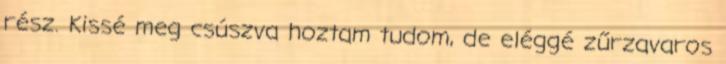
rész. Kissé meg csúszva hoztam tudom, de eléggé zűrzavaros